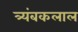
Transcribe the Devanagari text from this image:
त्र्यंबकलाल